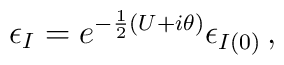
\epsilon_{I}=e^{-\frac{1}{2}(U+i\theta)}\epsilon_{I(0)}\, ,